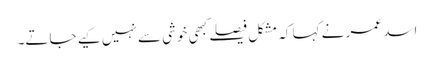
اسد عمر نے کہا کہ مشکل فیصلے کبھی خوشی سے نہیں کیے جاتے۔